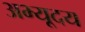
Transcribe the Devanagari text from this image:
अभ्यूदय